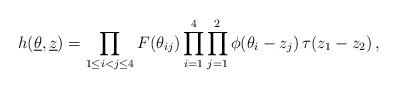
\begin{align*}h(\underline{\theta },{\underline{z}})=\prod_{1\le i<j\le 4}F(\theta_{ij})\prod_{i=1}^{4}\prod_{j=1}^{2}\phi (\theta _{i}-z_{j})\,\tau(z_{1}-z_{2})\,,\end{align*}